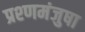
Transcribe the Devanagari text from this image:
प्रश्णमंजुषा